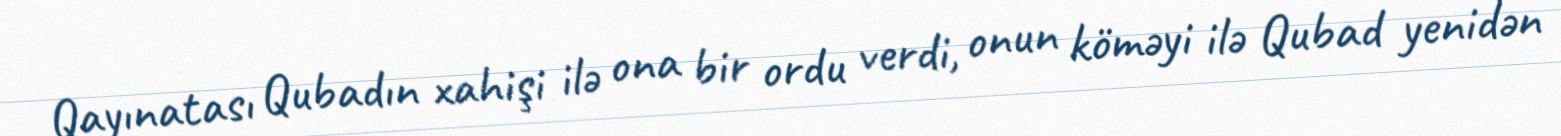
Qayınatası Qubadın xahişi ilə ona bir ordu verdi, onun köməyi ilə Qubad yenidən